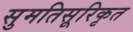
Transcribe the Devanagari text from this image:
सुमतिसूरिकृत